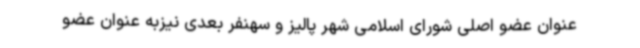
عنوان عضو اصلی شورای اسلامی شهر پالیز و سهنفر بعدی نیزبه عنوان عضو